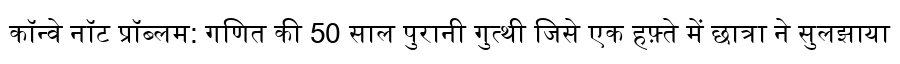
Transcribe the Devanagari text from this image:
कॉन्वे नॉट प्रॉब्लम: गणित की 50 साल पुरानी गुत्थी जिसे एक हफ़्ते में छात्रा ने सुलझाया